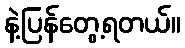
နဲ့ပြန်တွေ့ရတယ်။